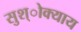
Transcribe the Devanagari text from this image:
सुश्ोक्याय